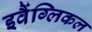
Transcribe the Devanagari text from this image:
इवैंग्लिकल